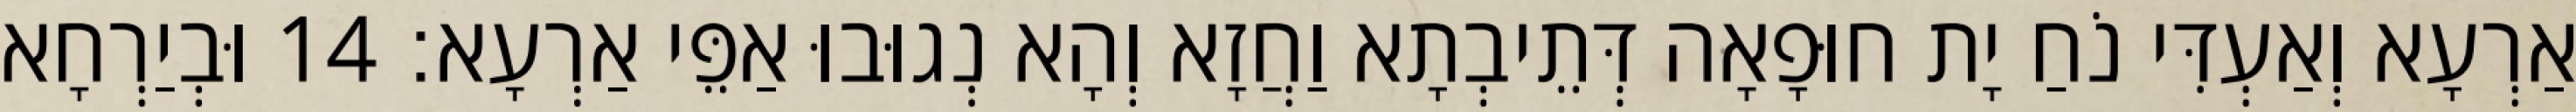
אַרְעָא וְאַעְדִּי נֹחַ יָת חוּפָאָה דְּתֵיבְתָא וַחֲזָא וְהָא נְגוּבוּ אַפֵּי אַרְעָא׃ 14 וּבְיַרְחָא